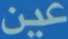
عين